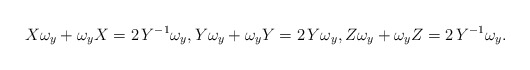
\begin{align*} X\omega_y+\omega_yX=2\,Y^{-1}\omega_y,Y\omega_y+\omega_yY=2\,Y\omega_y,Z\omega_y+\omega_yZ=2\, Y^{-1}\omega_y.\end{align*}